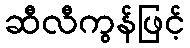
ဆီလီကွန်ဖြင့်